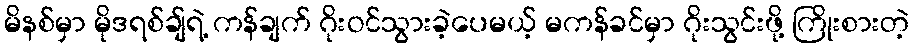
မိနစ်မှာ မိုဒရစ်ချ်ရဲ့ ကန်ချက် ဂိုးဝင်သွားခဲ့ပေမယ့် မကန်ခင်မှာ ဂိုးသွင်းဖို့ ကြိုးစားတဲ့